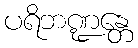
ပရိဘဏ္ဍန္တေ